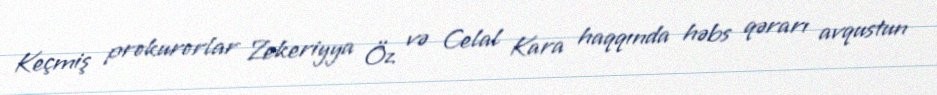
Keçmiş prokurorlar Zekeriyya Öz və Celal Kara haqqında həbs qərarı avqustun